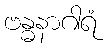
ဗန္ဓနာဂါရံ